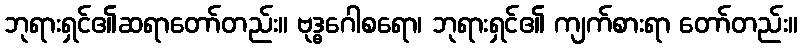
ဘုရားရှင်၏ဆရာတော်တည်း။ ဗုဒ္ဓဂေါစရော၊ ဘုရားရှင်၏ ကျက်စားရာ တော်တည်း။